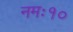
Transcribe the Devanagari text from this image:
नमः१०